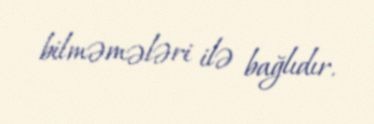
bilməmələri ilə bağlıdır.